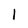
Character: l